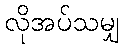
လိုအပ်သမျှ